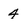
Character: 4